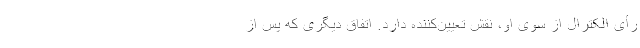
رأی الکترال از سوی او، نقش تعیین‌کننده دارد. اتفاق دیگری که پس از